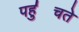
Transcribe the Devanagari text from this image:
पहु॑चते